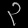
Digit: ၃